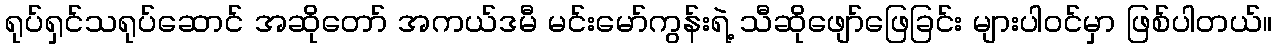
ရုပ်ရှင်သရုပ်ဆောင် အဆိုတော် အကယ်ဒမီ မင်းမော်ကွန်းရဲ့ သီဆိုဖျော်ဖြေခြင်း များပါဝင်မှာ ဖြစ်ပါတယ်။